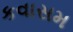
કવાસમ